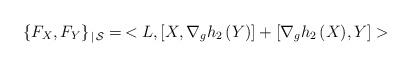
LaTeX: \begin{align*}\{F_X,F_Y\}_{\, |\,{\cal S}}=\,<L, [X,\nabla_g h_2\, (Y)]+[\nabla_g h_2\, (X),Y]>\end{align*}